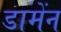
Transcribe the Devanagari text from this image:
डामेंन